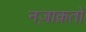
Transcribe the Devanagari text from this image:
नज़ाक़तों